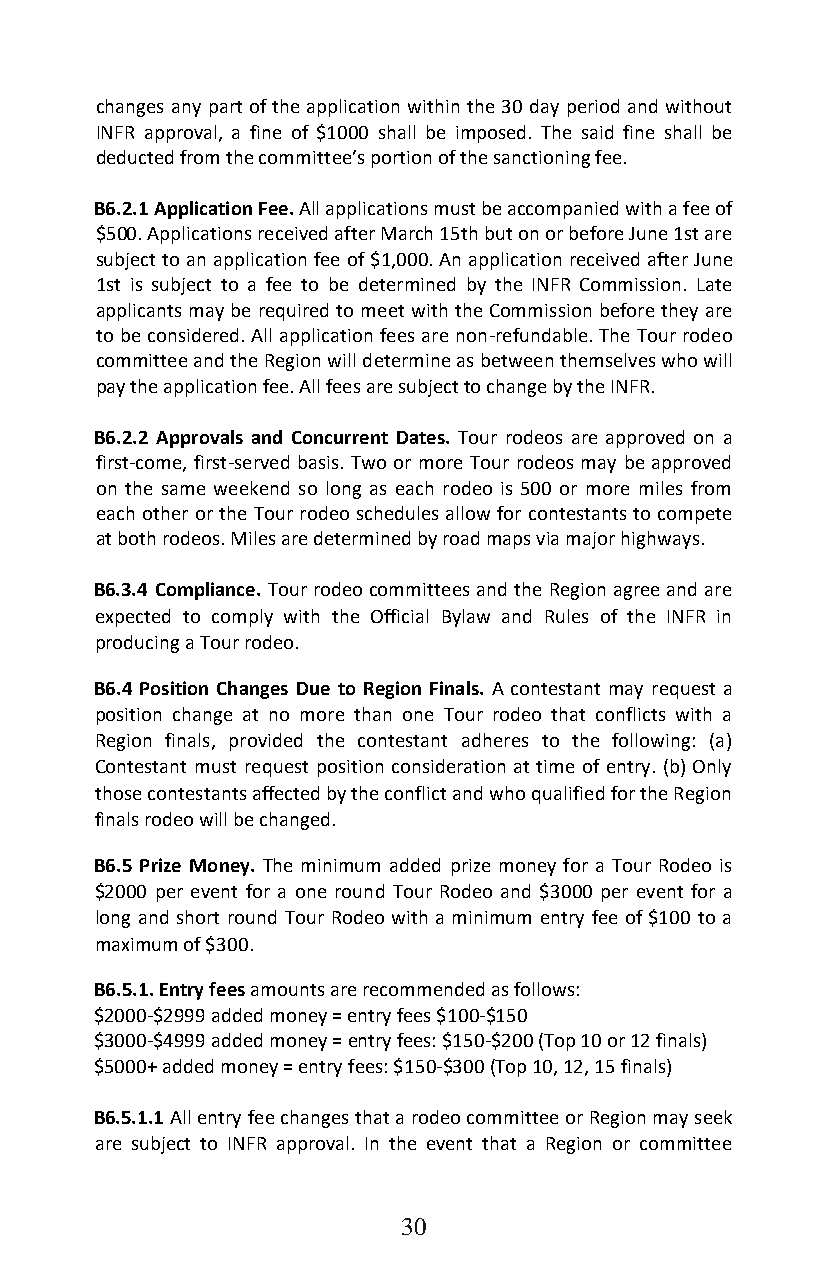
changes any part of the application within the 30 day period and without
 INFR approval, a fine of $1000 shall be imposed. The said fine shall be
 deducted from the committee’s portion of the sanctioning fee.
 B6.2.1 Application Fee. All applications must be accompanied with a fee of
 $500. Applications received after March 15th but on or before June 1st are
 subject to an application fee of $1,000. An application received after June
 1st is subject to a fee to be determined by the INFR Commission. Late
 applicants may be required to meet with the Commission before they are
 to be considered. All application fees are non-refundable. The Tour rodeo
 committee and the Region will determine as between themselves who will
 pay the application fee. All fees are subject to change by the INFR.
 B6.2.2 Approvals and Concurrent Dates. Tour rodeos are approved on a
 first-come, first-served basis. Two or more Tour rodeos may be approved
 on the same weekend so long as each rodeo is 500 or more miles from
 each other or the Tour rodeo schedules allow for contestants to compete
 at both rodeos. Miles are determined by road maps via major highways.
 B6.3.4 Compliance. Tour rodeo committees and the Region agree and are
 expected to comply with the Official Bylaw and Rules of the INFR in
 producing a Tour rodeo.
 B6.4 Position Changes Due to Region Finals. A contestant may request a
 position change at no more than one Tour rodeo that conflicts with a
 Region finals, provided the contestant adheres to the following: (a)
 Contestant must request position consideration at time of entry. (b) Only
 those contestants affected by the conflict and who qualified for the Region
 finals rodeo will be changed.
 B6.5 Prize Money. The minimum added prize money for a Tour Rodeo is
 $2000 per event for a one round Tour Rodeo and $3000 per event for a
 long and short round Tour Rodeo with a minimum entry fee of $100 to a
 maximum of $300.
 B6.5.1. Entry fees amounts are recommended as follows:
 $2000-$2999 added money = entry fees $100-$150
 $3000-$4999 added money = entry fees: $150-$200 (Top 10 or 12 finals)
 $5000+ added money = entry fees: $150-$300 (Top 10, 12, 15 finals)
 B6.5.1.1 All entry fee changes that a rodeo committee or Region may seek
 are subject to INFR approval. In the event that a Region or committee
 30